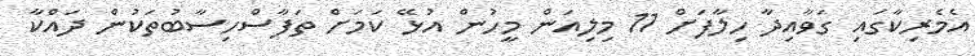
އެމެރިކާގައި ގަވާއިދާ ހިލާފަށް 11 މިލިއަން މީހުން އުޅޭ ކަމަށް ތަފާސްހިސާބުތަކުން ދައްކާ